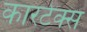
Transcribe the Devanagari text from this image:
कारटेक्स